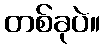
တစ်ခုပဲ။